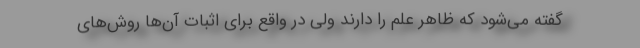
گفته می‌شود که ظاهر علم را دارند ولی در واقع برای اثبات آن‌ها روش‌های